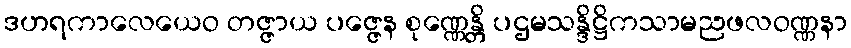
ဒဟရကာလေယေဝ တဇ္ဇာယ ပဇ္ဇေန စုဏ္ဏေန္တိ ပဌမသန္ဒိဋ္ဌိကသာမညဖလဝဏ္ဏနာ